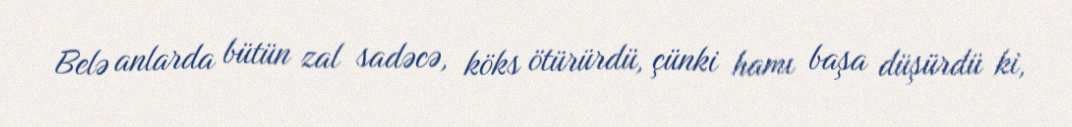
Belə anlarda bütün zal sadəcə, köks ötürürdü, çünki hamı başa düşürdü ki,